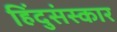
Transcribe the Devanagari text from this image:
हिंदुसंस्कार